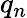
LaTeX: q_{n}